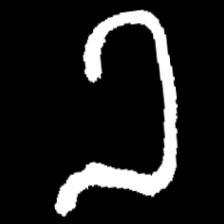
Pyu character \u2014 Myanmar letter: ခ (romanized: kha)